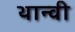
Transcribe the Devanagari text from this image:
थान्वी